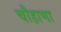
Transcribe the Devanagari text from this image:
चौहाणा